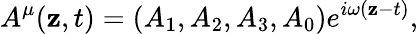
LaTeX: A^{\mu}(\mathbf{z},t)=(A_{1},A_{2},A_{3},A_{0})e^{i\omega(\mathbf{z}-t)},